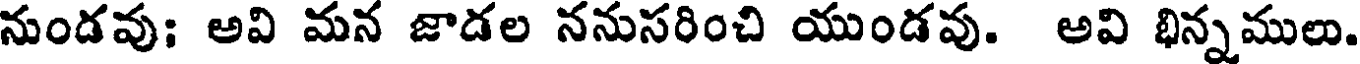
నుండవు; అవి మన జాడల ననుసరించి యుండవు. అవి భిన్నములు.